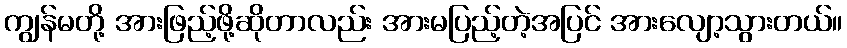
ကျွန်မတို့ အားဖြည့်ဖို့ဆိုတာလည်း အားမပြည့်တဲ့အပြင် အားလျော့သွားတယ်။